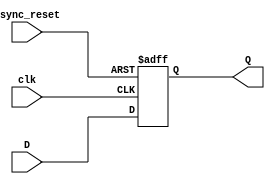
`timescale 1ns / 1ps
//////////////////////////////////////////////////////////////////////////////////
// Company: 
// Engineer: 
// 
// Design Name: 
// Module Name: d_ff_asynchronous
// Project Name: 
// Target Devices: 
// Tool Versions: 
// Description: 
// 
// Dependencies: 
// 
// Revision:
// Revision 0.01 - File Created
// Additional Comments:
// 
//////////////////////////////////////////////////////////////////////////////////


module d_ff_asynchronous(D,clk,async_reset,Q);
input D,clk,async_reset; 
output reg Q;  
always @(posedge clk or posedge async_reset) 
begin
 if(async_reset==1'b1)
  Q<=1'b0; 
 else 
  Q<=D; 
end 
endmodule